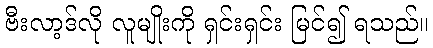
ဗီးလာ့ဒ်လို လူမျိုးကို ရှင်းရှင်း မြင်၍ ရသည်။